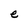
Character: e